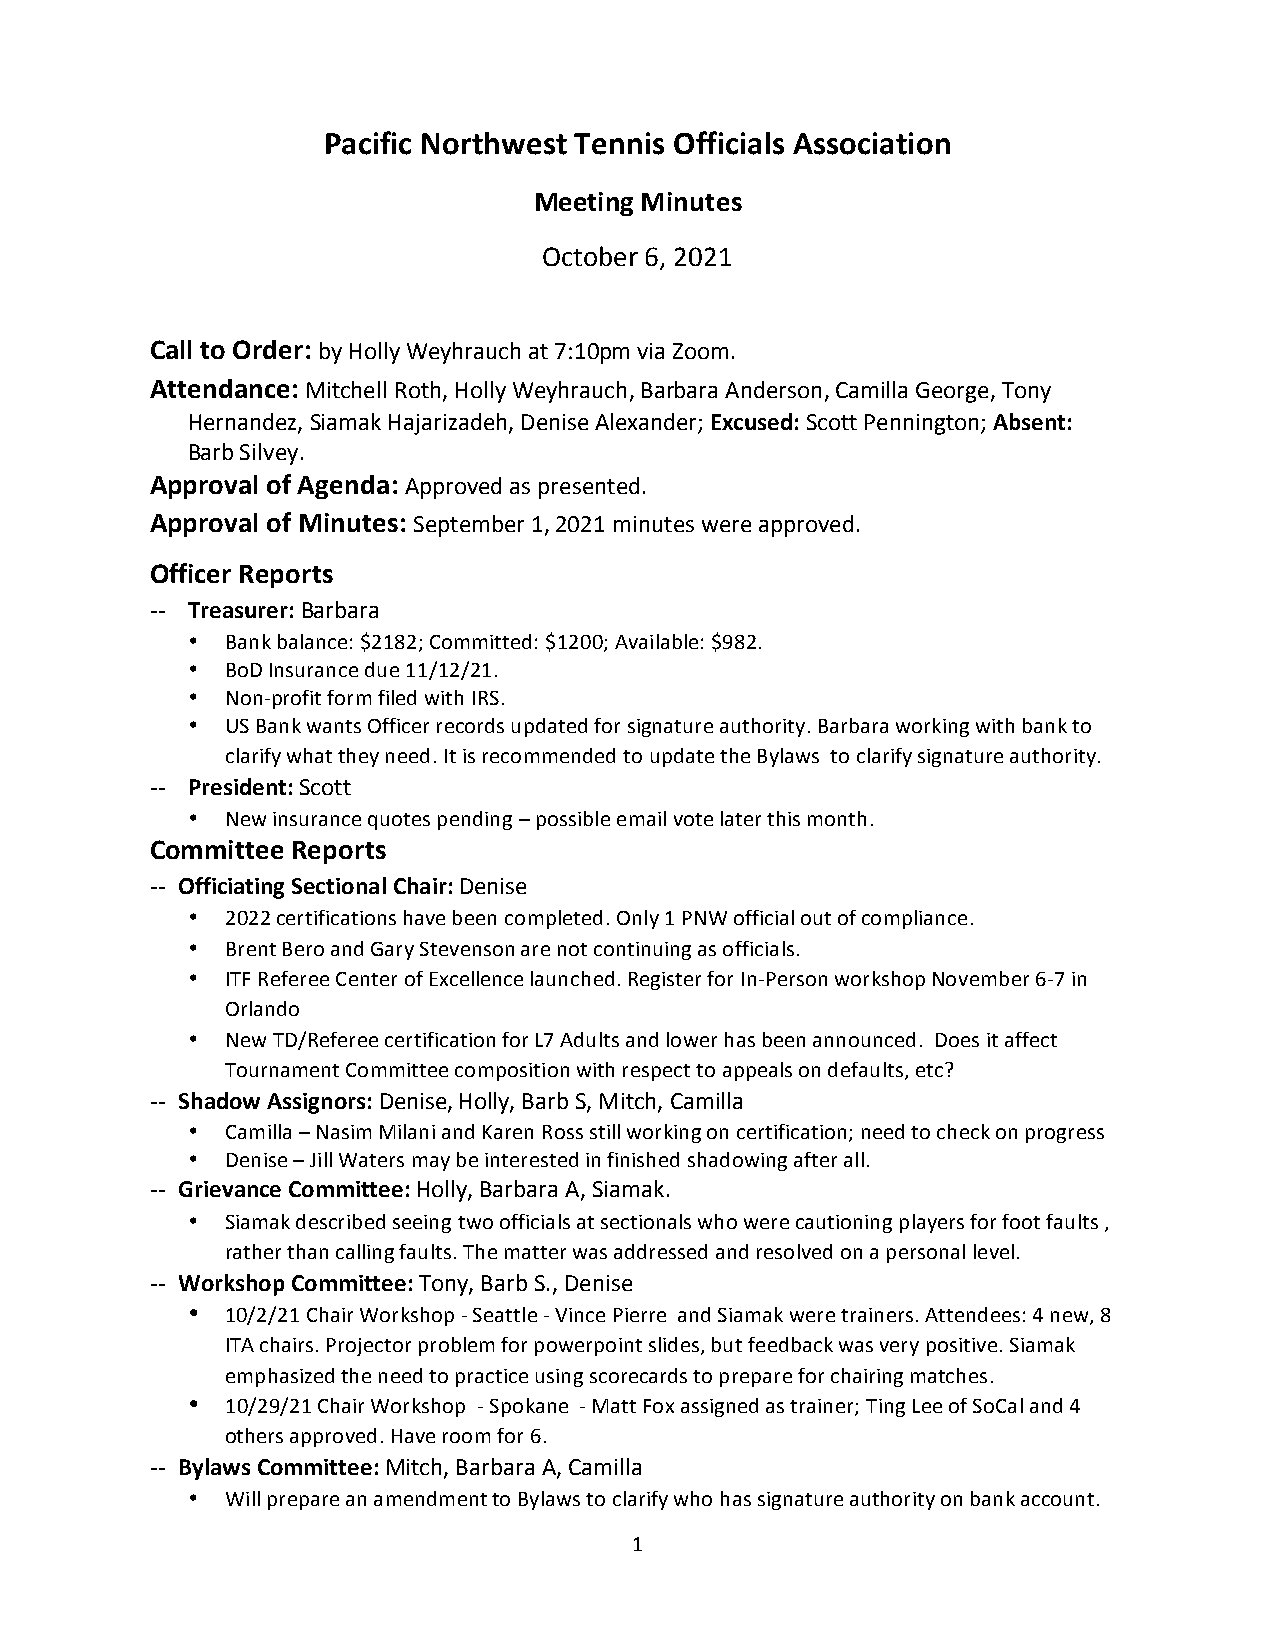
Pacific Northwest Tennis Officials Association
 Meeting Minutes
 October 6, 2021
 Call to Order: by Holly Weyhrauch at 7:10pm via Zoom.
 Attendance: Mitchell Roth, Holly Weyhrauch, Barbara Anderson, Camilla George, Tony
 Hernandez, Siamak Hajarizadeh, Denise Alexander; Excused: Scott Pennington; Absent:
 Barb Silvey.
 Approval of Agenda: Approved as presented.
 Approval of Minutes: September 1, 2021 minutes were approved.
 Officer Reports
 ‐‐ Treasurer: Barbara
 •  Bank balance: $2182; Committed: $1200; Available: $982.
 •  BoD Insurance due 11/12/21.
 •  Non‐profit form filed with IRS.
 •  US Bank wants Officer records updated for signature authority. Barbara working with bank to
 clarify what they need. It is recommended to update the Bylaws to clarify signature authority.
 ‐‐ President: Scott
 •  New insurance quotes pending – possible email vote later this month.
 Committee Reports
 ‐‐ Officiating Sectional Chair: Denise
 •  2022 certifications have been completed. Only 1 PNW official out of compliance.
 •  Brent Bero and Gary Stevenson are not continuing as officials.
 •  ITF Referee Center of Excellence launched. Register for In‐Person workshop November 6‐7 in
 Orlando
 •  New TD/Referee certification for L7 Adults and lower has been announced. Does it affect
 Tournament Committee composition with respect to appeals on defaults, etc?
 ‐‐ Shadow Assignors: Denise, Holly, Barb S, Mitch, Camilla
 •  Camilla – Nasim Milani and Karen Ross still working on certification; need to check on progress
 •  Denise – Jill Waters may be interested in finished shadowing after all.
 ‐‐ Grievance Committee: Holly, Barbara A, Siamak.
 •  Siamak described seeing two officials at sectionals who were cautioning players for foot faults ,
 rather than calling faults. The matter was addressed and resolved on a personal level.
 ‐‐ Workshop Committee: Tony, Barb S., Denise
 •  10/2/21 Chair Workshop ‐ Seattle ‐ Vince Pierre and Siamak were trainers. Attendees: 4 new, 8
 ITA chairs. Projector problem for powerpoint slides, but feedback was very positive. Siamak
 emphasized the need to practice using scorecards to prepare for chairing matches.
 •  10/29/21 Chair Workshop ‐ Spokane ‐ Matt Fox assigned as trainer; Ting Lee of SoCal and 4
 others approved. Have room for 6.
 ‐‐ Bylaws Committee: Mitch, Barbara A, Camilla
 •  Will prepare an amendment to Bylaws to clarify who has signature authority on bank account.
 1